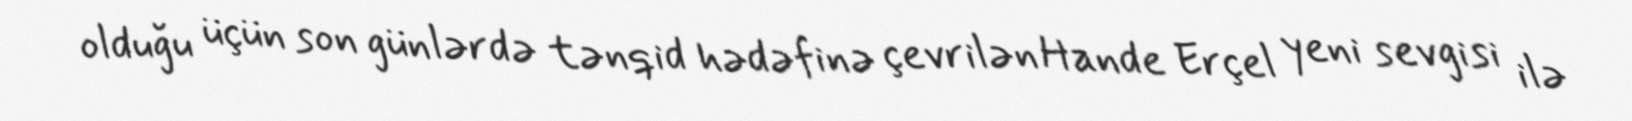
olduğu üçün son günlərdə tənqid hədəfinə çevrilən Hande Erçel yeni sevgisi ilə